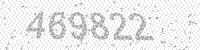
Solution: 469822